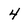
Character: 4